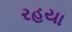
રહયા